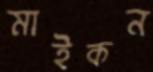
মাইকন